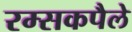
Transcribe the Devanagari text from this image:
रम्सकपैले